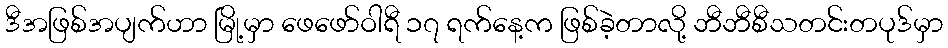
ဒီအဖြစ်အပျက်ဟာ မြို့မှာ ဖေဖော်ဝါရီ ၁၇ ရက်နေ့က ဖြစ်ခဲ့တာလို့ ဘီဘီစီသတင်းတပုဒ်မှာ